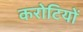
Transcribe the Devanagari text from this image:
करोटियों